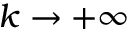
k \rightarrow + \infty